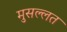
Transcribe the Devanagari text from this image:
मुसल्लत